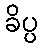
ခိပ္ပ